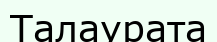
Талаурата